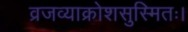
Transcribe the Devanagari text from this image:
व्रजव्याक्रोशसुस्मितः।